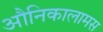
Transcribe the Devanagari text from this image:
औनिकालामस